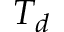
T _ { d }